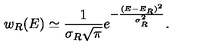
w _ { R } ( E ) \simeq { \frac { 1 } { \sigma _ { R } \sqrt { \pi } } } e ^ { - { \frac { ( E - E _ { R } ) ^ { 2 } } { \sigma _ { R } ^ { 2 } } } } .